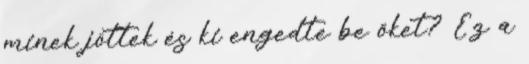
minek jöttek és ki engedte be őket? Ez a